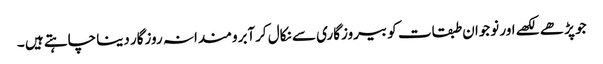
جو پڑھے لکھے اور نوجوان طبقات کو بیروزگاری سے نکال کرآبرومندانہ روزگار دینا چاہتے ہیں ۔